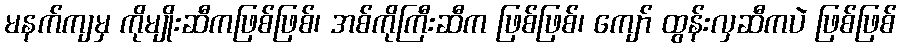
မနက်ကျမှ ကိုမျိုးဆီကဖြစ်ဖြစ်၊ အစ်ကိုကြီးဆီက ဖြစ်ဖြစ်၊ ကျော် ထွန်းလှဆီကပဲ ဖြစ်ဖြစ်